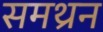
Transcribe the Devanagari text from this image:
समथ्रन